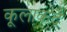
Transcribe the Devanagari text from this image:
कूलाकदै